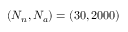
( N _ { n } , N _ { a } ) = ( 3 0 , 2 0 0 0 )